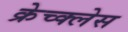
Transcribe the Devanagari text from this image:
क्रेच्क्लेस